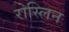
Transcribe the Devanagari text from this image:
रोस्लिन